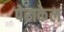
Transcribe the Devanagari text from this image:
पेराकेल